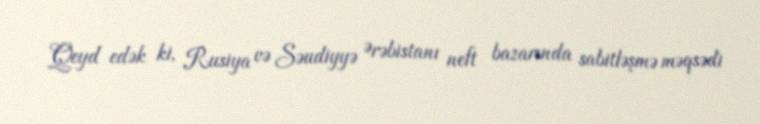
Qeyd edək ki, Rusiya və Səudiyyə Ərəbistanı neft bazarında sabitləşmə məqsədi